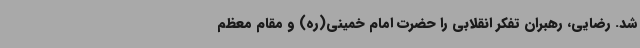
شد. رضایی، رهبران تفکر انقلابی را حضرت امام خمینی(ره) و مقام معظم